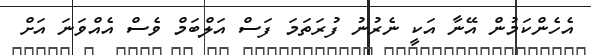
އެހެންކަމުން އޭނާ އަކީ ނެރުނު ފުރަތަމަ ފަސް އަލްބަމް ވެސް އެއްވަނަ އަށް